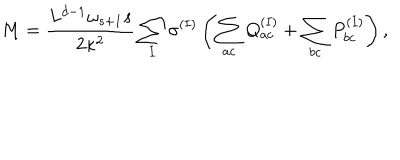
M = \frac { L ^ { d - 1 } \omega _ { s + 1 } s } { 2 \kappa ^ { 2 } } \sum _ { I } \sigma ^ { ( I ) } \left( \sum _ { a c } Q _ { a c } ^ { ( I ) } + \sum _ { b c } P _ { b c } ^ { ( I ) } \right) ,